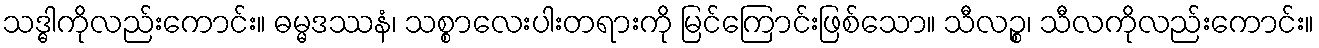
သဒ္ဓါကိုလည်းကောင်း။ ဓမ္မဒဿနံ၊ သစ္စာလေးပါးတရားကို မြင်ကြောင်းဖြစ်သော။ သီလဉ္စ၊ သီလကိုလည်းကောင်း။